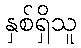
နှစ်ရှိသူ